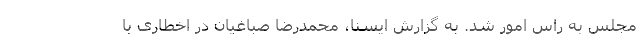
مجلس به راس امور شد. به گزارش ایسنا، محمدرضا صباغیان در اخطاری با